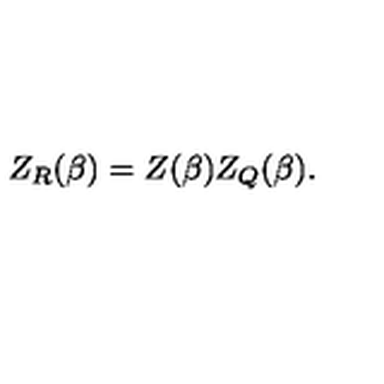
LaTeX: Z _ { R } ( \beta ) = Z ( \beta ) Z _ { Q } ( \beta ) .